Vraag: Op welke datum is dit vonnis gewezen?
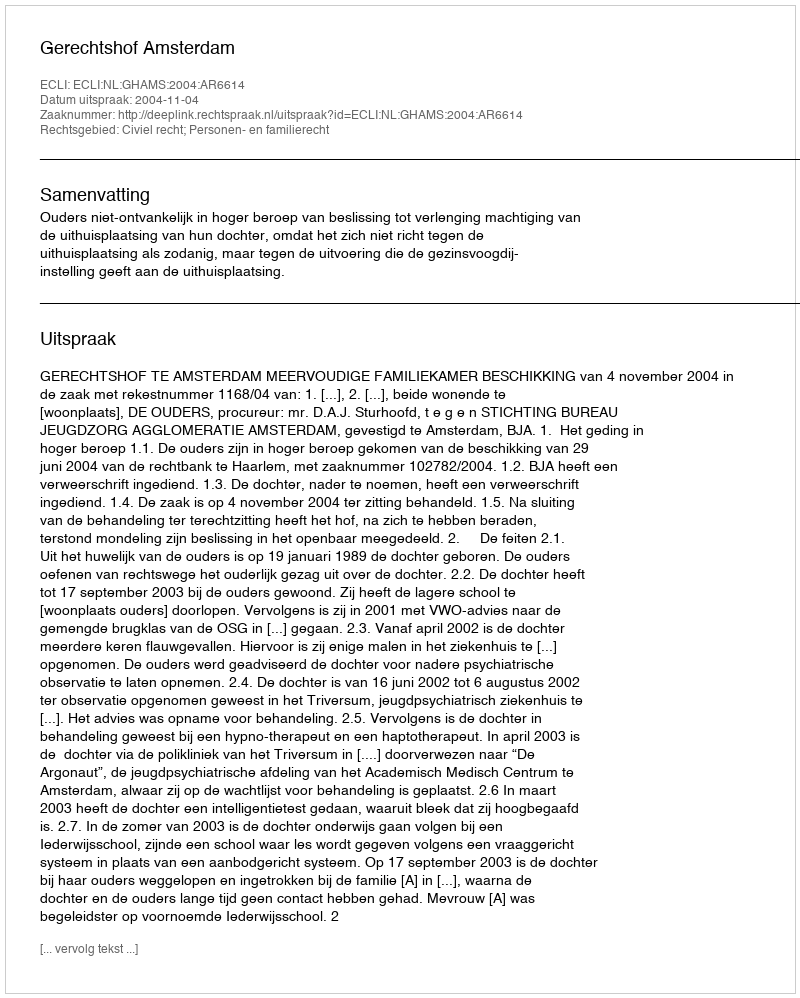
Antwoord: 2004-11-04